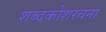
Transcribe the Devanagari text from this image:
शब्दकोशरचना